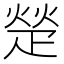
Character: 𬏙